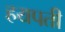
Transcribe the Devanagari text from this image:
हयपती